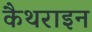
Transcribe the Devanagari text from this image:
कैथराइन